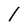
Character: l